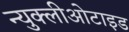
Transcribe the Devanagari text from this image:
न्युक्लीओटाइड